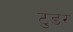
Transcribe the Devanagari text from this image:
टुडर